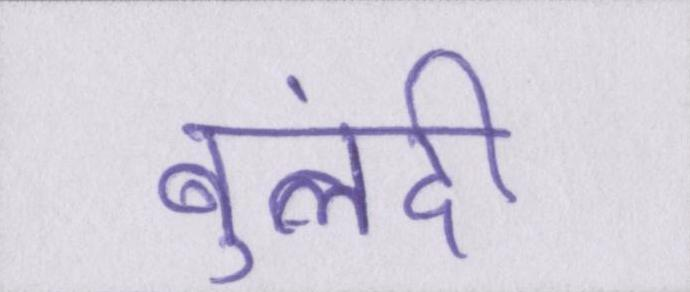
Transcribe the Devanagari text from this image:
बुलंदी